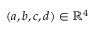
( a , b , c , d ) \in \mathbb { R } ^ { 4 }